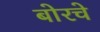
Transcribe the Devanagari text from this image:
बोरचे